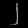
Digit: ၂